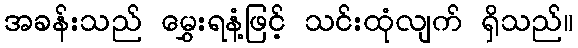
အခန်းသည် မွှေးရနံ့ဖြင့် သင်းထုံလျက် ရှိသည်။